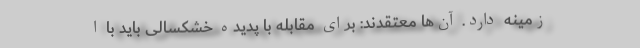
زمینه دارد. آن‌ها معتقدند: برای مقابله با پدیده خشکسالی باید با ا